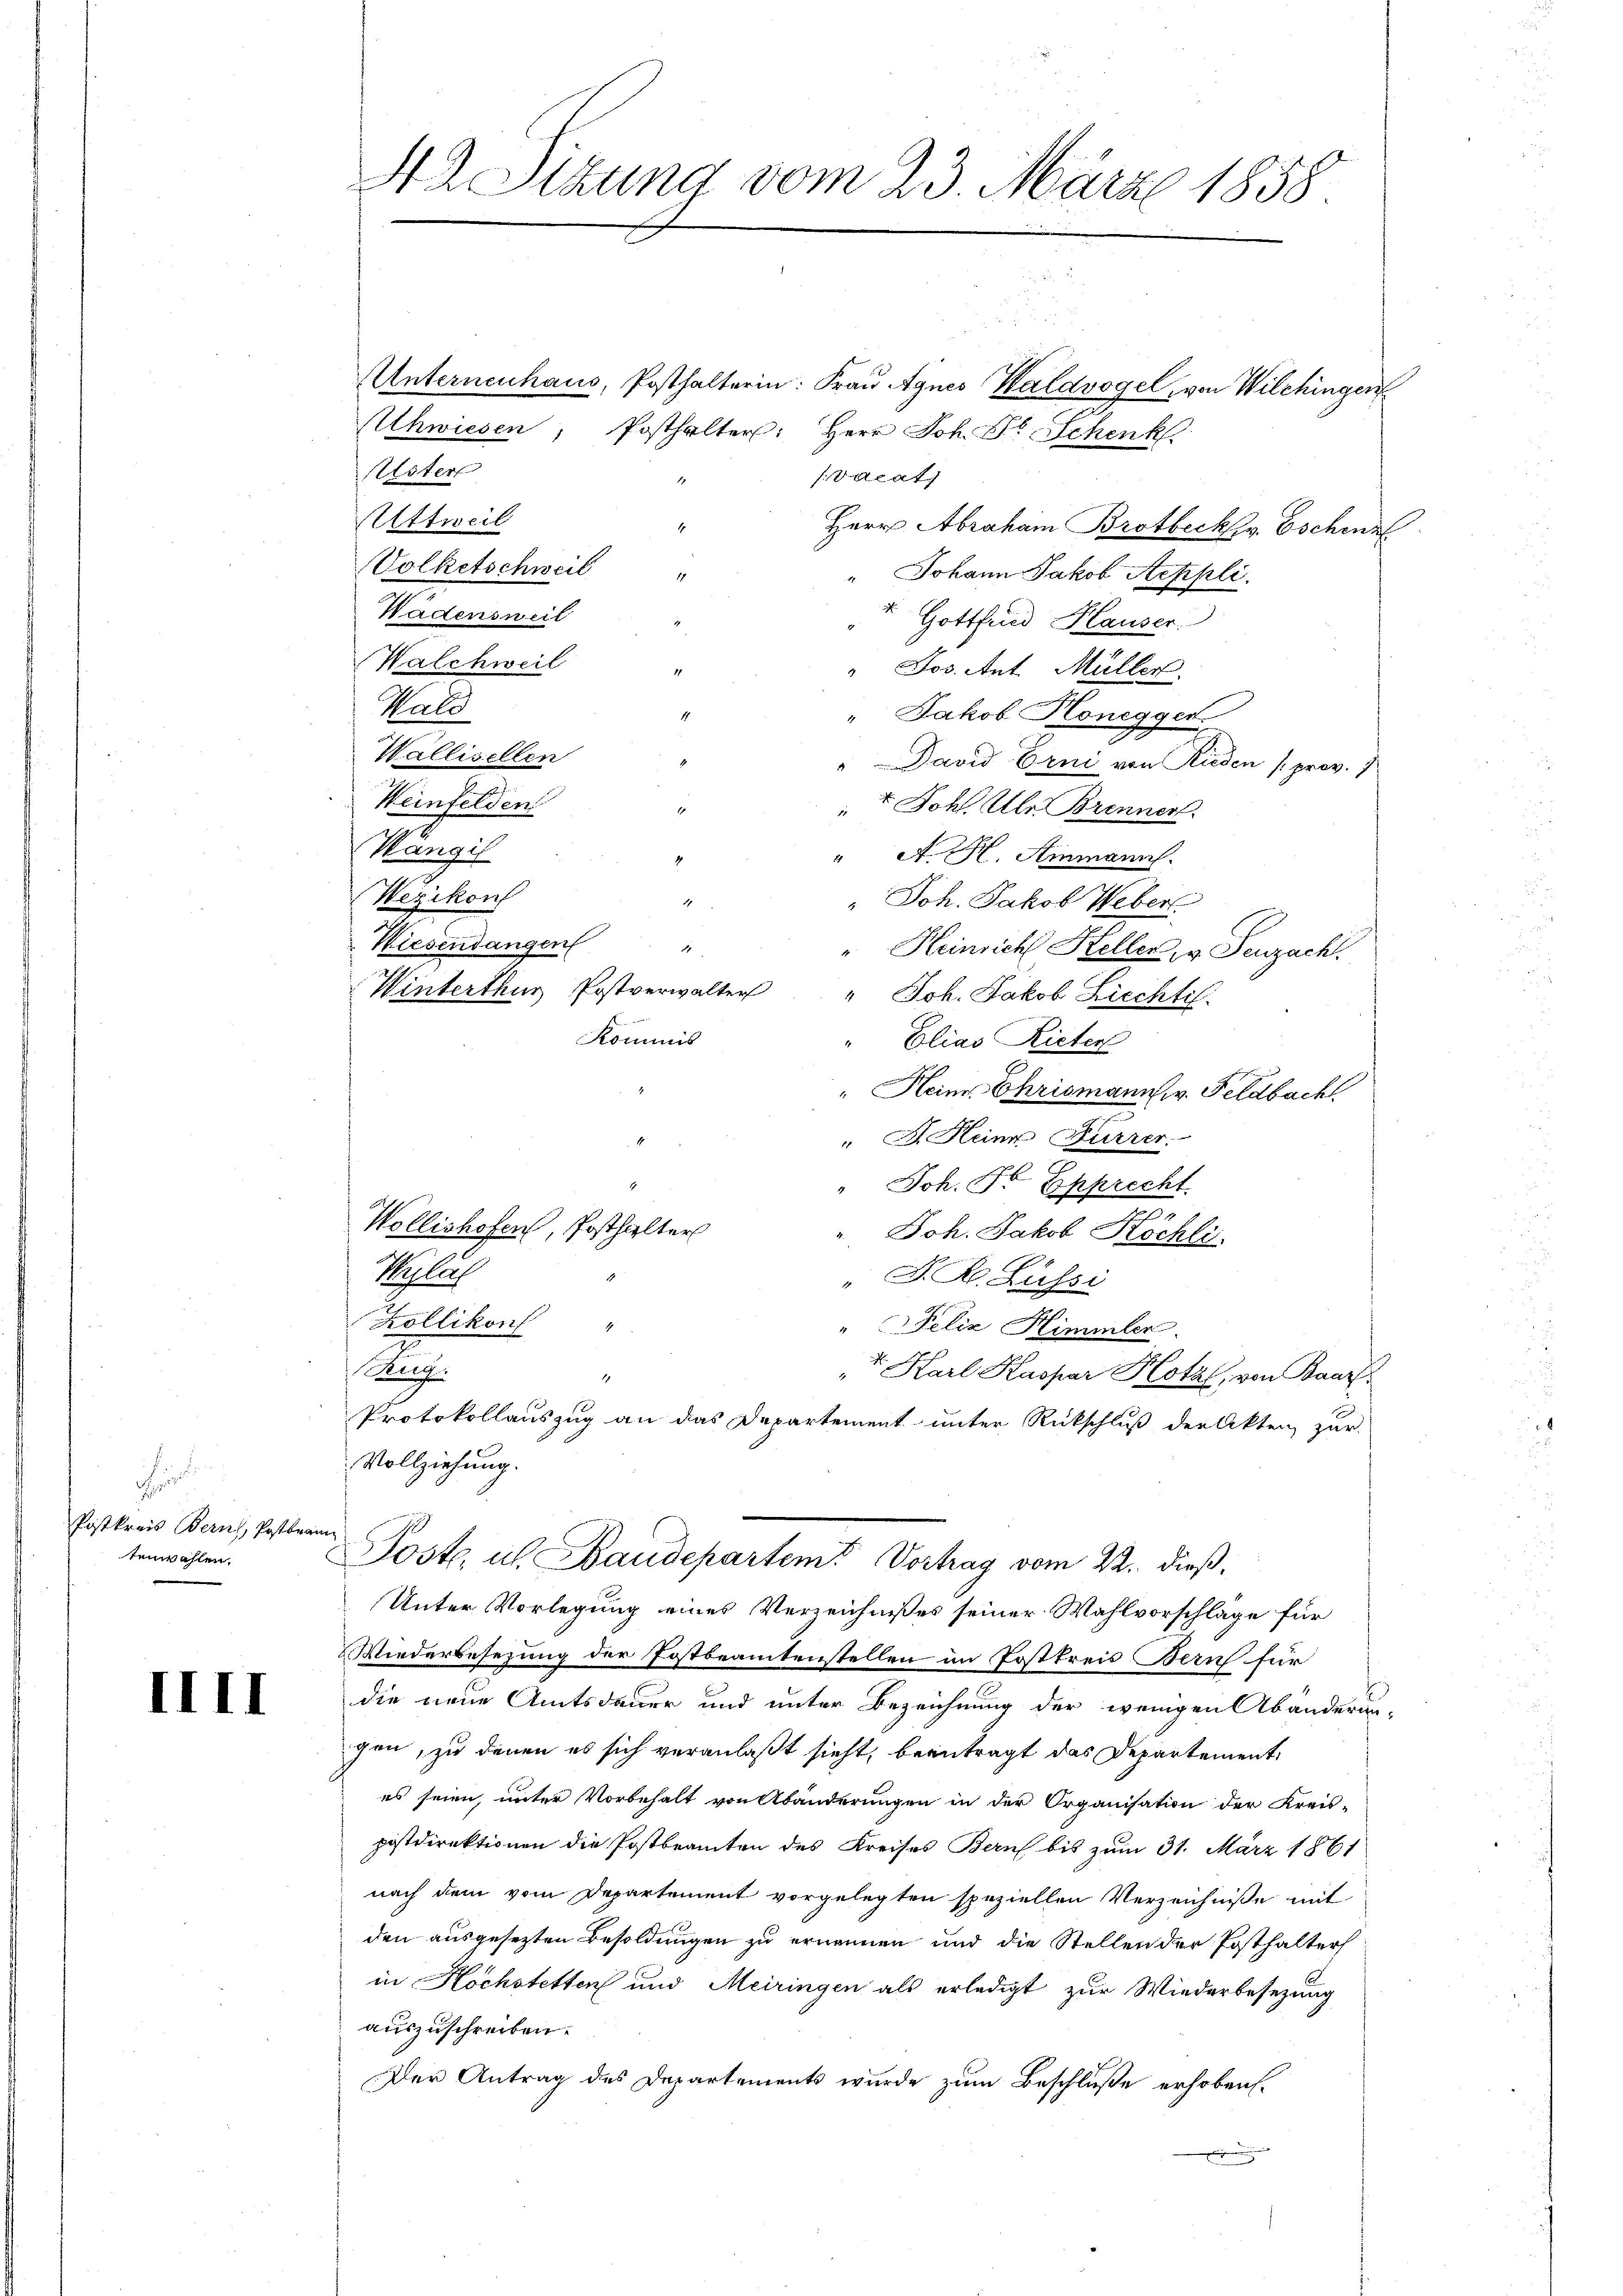
n
Postkreis Bern, Postbeam
tenwahlen.

IIII

H Sitzung vom 23. März 1858.

ttweil
Volketschweil
Walchweil
Wald
Wallisellen
Weinfelden
Wängil
Wezikon
Wiesendangen
Winterthur Postverwalter

Unternenhaus, Posthalterin: Frau Agnes Waldvogel von Wilchingen
Achwiesen, Posthalter: Herr Joh. Pr. Schenk
vdeat
Herr Abraham Brotbeck. Eschenf
" Johann Jakob Aeppli.
1
" Gottfrid Klauser.
" Jos. Ant. Müller.
" Jakob Honegger
" David Erni von Rieden (prov. 1
Johl. Über Brennen.
" A. H. Ammann.
" Joh. Jakob Weber
1
d
" Heinrich Heller, v. Seuzach.
" Joh. Jakob Liechtil.
Kommis
Elias Rieter
" Heinr. Chrismann, v. Feldbacht
" J. Heine Furrer.
.
" Joh. Fr Epprecht
Wollishofen, Posthalter
". Joh. Jakob Köchli
Sehlich
" J. H. Lussi
Köllikon "
"Felix Himmler.
7
hurg
t. Karl Kaspar Hotz, von Baarf
1
Protokollauszug an das Departement unter Rückschluß der Akten zur
Vollziehung.
Poste, u. Baudepartem Vortrag vom 22. dieß.
Unter Vorlegung eines Verzeichnißes seiner Wahlvorschläge für
Wiederbesezung der Postbeamtenstellen im Postkreis Bern für
die neue Amtsdauer und unter Bezeichnung der wenigen Abänderun-
gen, zu denen es sich veranlaßt sieht, beantragt das Departement,
es seien, unter Vorbehalt von Abänderungen in der Organisation der Kreis-
postdirektionen die Postbeamten des Kreises Bern bis zum 31. März 1861
nach dem vom Departement vorgelegten speziellen Verzeichnisse mit
den ausgesetzten Besoldungen zu ernennen und die Stellen der Posthalter
in Hochstetten und Meiringen als erledigt zur Wiederbesezung
auszuschreiben.
Der Antrag des Departements wurde zum Beschluße erhoben.

Ester

Hadensweil